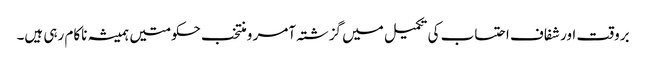
بروقت اور شفاف احتساب کی تکمیل میں گزشتہ آمر و منتخب حکومتیں ہمیشہ ناکام رہی ہیں۔